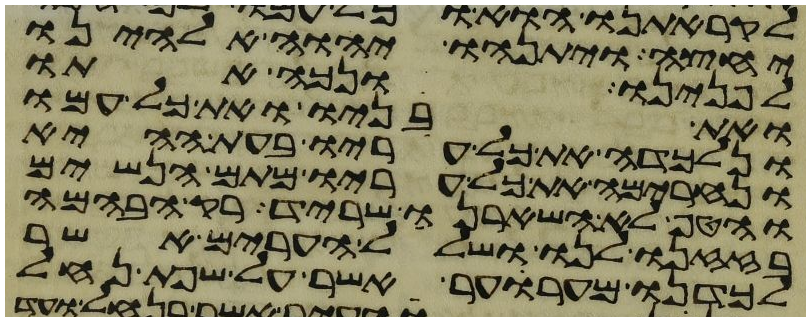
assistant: יחצה ויתנהו יהוה אלהינו
לפנינו ונכה אתו
ואת בניו ואת כל עמו
ונלכדה את כל עריו בעת ההיא
ונחרימה את כל עריו מתם הנשים
והטף לא השאירנו שריד רק הבהמה
בזזנו לנו ושלל הערים אשר
לכדנו מערער אשר על שפת נחל